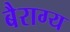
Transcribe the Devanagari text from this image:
बैराग्य